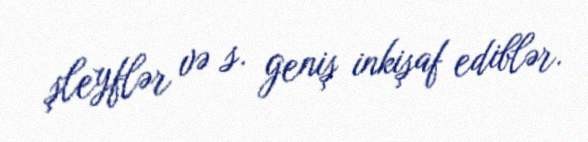
şleyflər və s. geniş inkişaf ediblər.